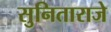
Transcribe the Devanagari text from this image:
सुनिताराजे